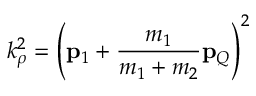
k _ { \rho } ^ { 2 } = \left( { \bf p } _ { 1 } + \frac { m _ { 1 } } { m _ { 1 } + m _ { 2 } } { \bf p } _ { Q } \right) ^ { 2 }